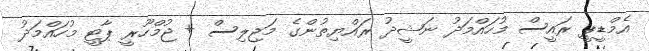
އެމްޑީޕީ ރައީސް މުހައްމަދު ނަޝީދު ރައްޔިތުންގެ މަޖިލިސް + ޖުމްހޫރީ ޕާޓީ މުހައްމަދު